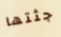
جثتها